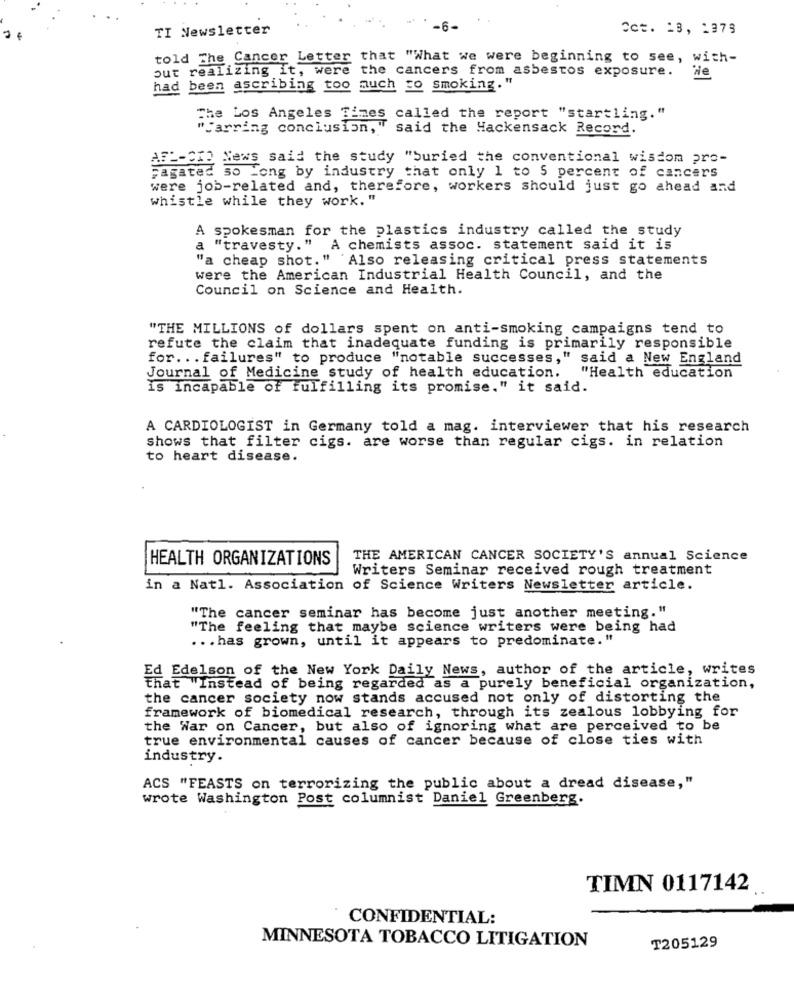
TI Newsletter
-6-
Cct. 13, 1379
told The Cancer Letter that "What we were beginning to see, with-
out realizing it, were the cancers from asbestos exposure.
He
had been ascribing too much go smoking."
The Los Angeles Times called the report "startling."
"Carring conclusion, " said the Hackensack Record.
AFP-210 News said the study "Suried the conventional wisdom pro-
Fagated so Long by industry that only 1 to 5 percent of cancers
were job-related and, therefore, workers should just go ahead and
whistle while they work."
A spokesman for the plastics industry called the study
a "travesty."
A chemists assoc. statement said it is
"a cheap shot." Also releasing critical press statements
were the American Industrial Health Council, and the
Council on Science and Health.
"THE MILLIONS of dollars spent on anti-smoking campaigns tend to
refute the claim that inadequate funding is primarily responsible
for ... failures" to produce "notable successes," said a New England
Journal of Medicine study of health education.
"Health education
Is incapable of fulfilling its promise." it said.
A CARDIOLOGIST in Germany told a mag. interviewer that his research
shows that filter cigs. are worse than regular cigs. in relation
to heart disease.
HEALTH ORGANIZATIONS
THE AMERICAN CANCER SOCIETY'S annual Science
Writers Seminar received rough treatment
in a Natl. Association of Science Writers Newsletter article.
"The cancer seminar has become just another meeting."
"The feeling that maybe science writers were being had
... has grown, until it appears to predominate. "
Ed Edelson of the New York Daily News, author of the article, writes
that "Instead of being regarded as a purely beneficial organization,
the cancer society now stands accused not only of distorting the
framework of biomedical research, through its zealous lobbying for
the War on Cancer, but also of ignoring what are perceived to be
true environmental causes of cancer because of close ties with
industry.
ACS "FEASTS on terrorizing the public about a dread disease,"
wrote Washington Post columnist Daniel Greenberg.
TIMN 0117142
CONFIDENTIAL:
T205129
MINNESOTA TOBACCO LITIGATION